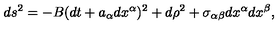
d s ^ { 2 } = - B ( d t + a _ { \alpha } d x ^ { \alpha } ) ^ { 2 } + d \rho ^ { 2 } + \sigma _ { \alpha \beta } d x ^ { \alpha } d x ^ { \beta } ,